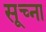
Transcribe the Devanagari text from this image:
सूच्ना